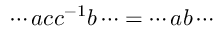
\cdots a c c ^ { - 1 } b \cdots = \cdots a b \cdots